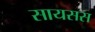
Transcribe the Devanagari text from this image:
सायसस